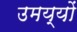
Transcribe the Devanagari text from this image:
उमय्यों